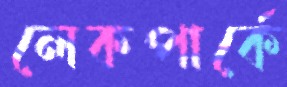
লেকপার্কে